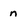
Character: n